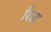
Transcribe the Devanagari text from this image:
रिश